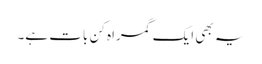
یہ بھی ایک گمراہ کن بات ہے۔